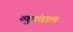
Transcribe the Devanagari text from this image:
खुपंताल